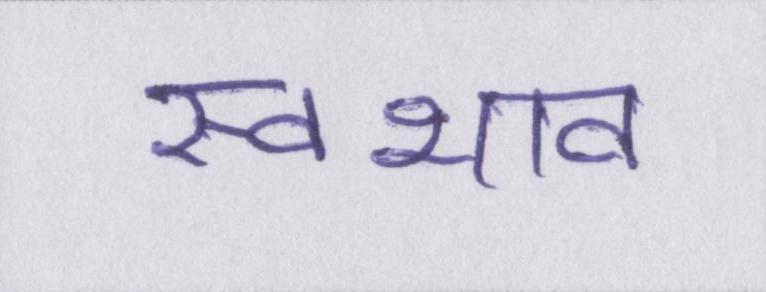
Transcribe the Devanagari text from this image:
स्वभाव